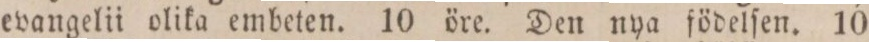
evangelii olika embeten. 10 öre. Den nya födelſen. 10